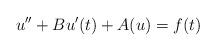
LaTeX: \begin{align*}u^{\prime\prime}+Bu^\prime(t)+A(u)=f(t)\end{align*}